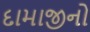
દામાજીનો